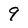
Character: 9